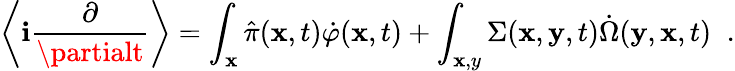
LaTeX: \left\langle\mathbf{i}\frac{{\partial}}{{\partialt}}\right\rangle=\int_{\mathbf{x}}\hat{{\pi}}({\mathbf{x}},t)\dot{{\varphi}}({\mathbf{x}},t)+\int_{\mathbf{x},y}\Sigma({\mathbf{x}},{\mathbf{y}},t)\dot{{\Omega}}({\mathbf{y}},{\mathbf{x}},t)\; \; .